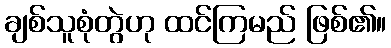
ချစ်သူစုံတွဲဟု ထင်ကြမည် ဖြစ်၏။